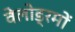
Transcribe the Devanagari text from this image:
वेलोड्रमों